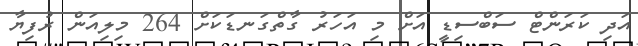
އަދި ކަރަންޓް ސަބްސިޑީ އަށް މި އަހަރު ގާތްގަނޑަކަށް 264 މިލިއަން ރުފިޔާ